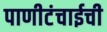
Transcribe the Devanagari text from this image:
पाणीटंचाईची